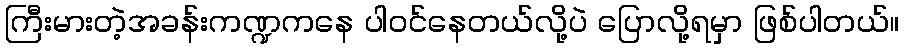
ကြီးမားတဲ့အခန်းကဏ္ဍကနေ ပါဝင်နေတယ်လို့ပဲ ပြောလို့ရမှာ ဖြစ်ပါတယ်။